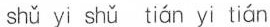
shǔ yi shǔ tián yi tián